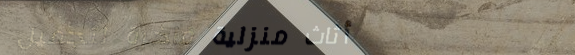
أثاث منزلية فاخرة لتجميل